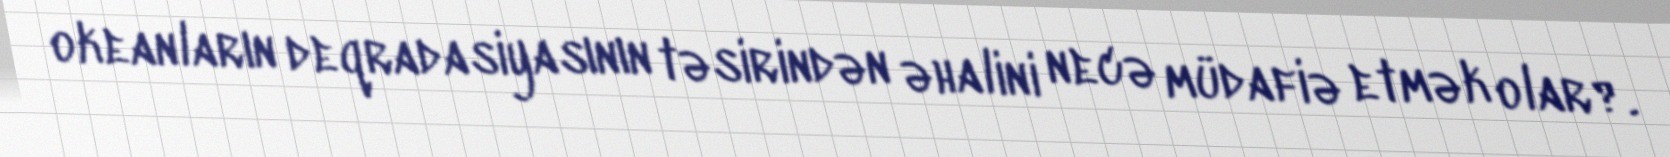
okeanların deqradasiyasının təsirindən əhalini necə müdafiə etmək olar?.